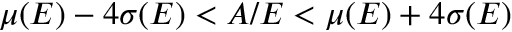
\mu ( E ) - 4 \sigma ( E ) < A / E < \mu ( E ) + 4 \sigma ( E )